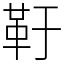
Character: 䩒